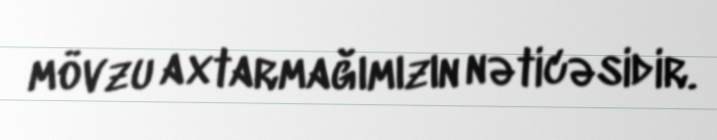
mövzu axtarmağımızın nəticəsidir.